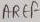
Text: AREF